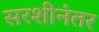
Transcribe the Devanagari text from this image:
सरशीनंतर